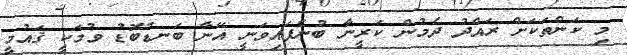
މި ކަންތަކަށް ރައްދު ދެމުން ކަރީނާ ބުނެފައިވަނީ އޭނާ ބަނޑުބޮޑު ވުމަކީ ޤައުމީ